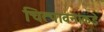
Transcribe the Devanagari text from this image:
चित्पावनांकडे